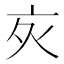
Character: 𬽆